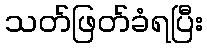
သတ်ဖြတ်ခံရပြီး